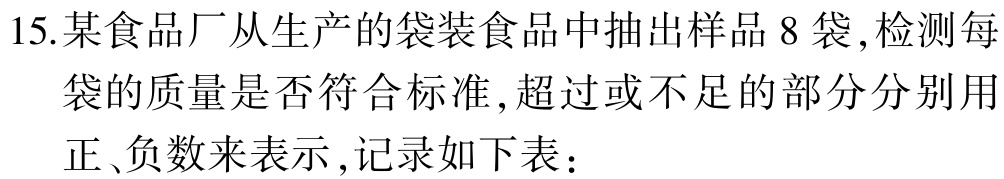
15.某食品厂从生产的袋装食品中抽出样品8袋,检测每袋的质量是否符合标准,超过或不足的部分分别用正、负数来表示,记录如下表：